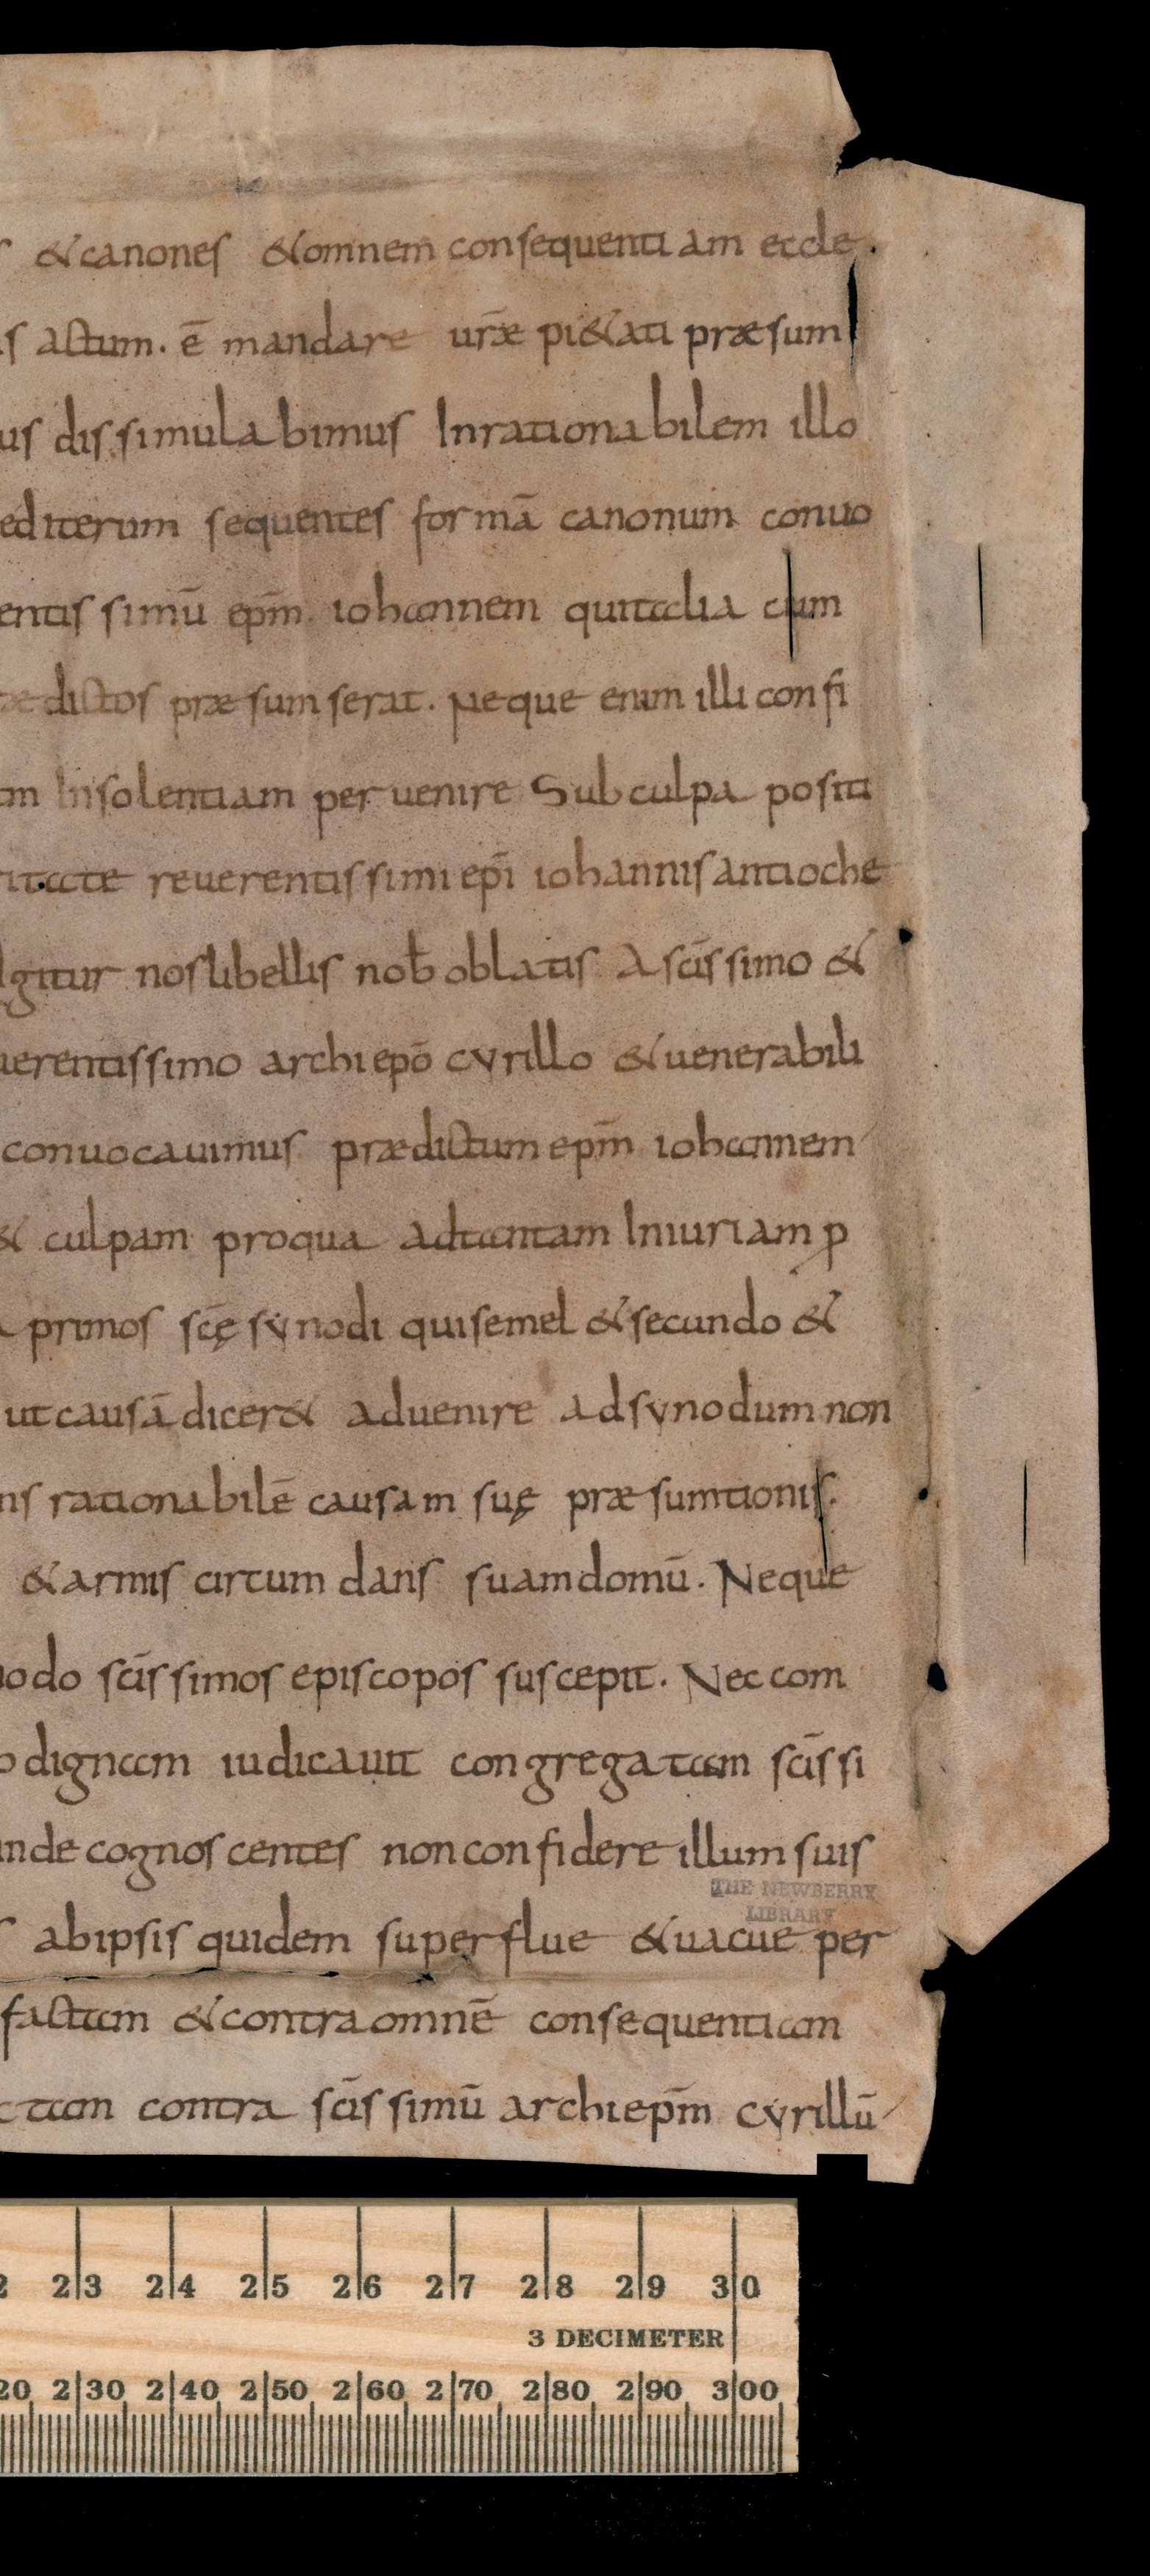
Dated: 834–865